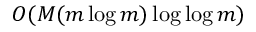
O ( M ( m \log m ) \log \log m )